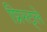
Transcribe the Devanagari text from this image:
प्रिस्ट्ले